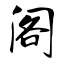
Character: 阁